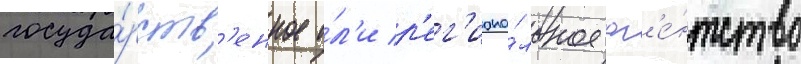
госуда́рств'енное и́л'и р'ег'иона́льное аг'е́нтство